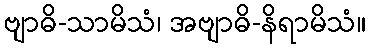
ဗျာဓိ-သာမိသံ၊ အဗျာဓိ-နိရာမိသံ။